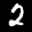
Label: 2